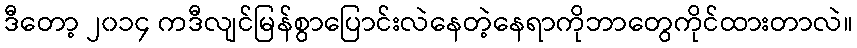
ဒီတော့ ၂၀၁၄ ကဒီလျင်မြန်စွာပြောင်းလဲနေတဲ့နေရာကိုဘာတွေကိုင်ထားတာလဲ။